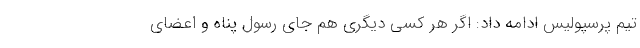
تیم پرسپولیس ادامه داد: اگر هر کسی دیگری هم جای رسول پناه و اعضای